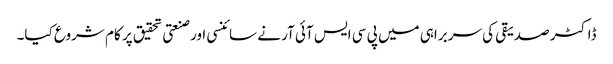
ڈاکٹر صدیقی کی سربراہی میں پی سی ایس آئی آر نے سائنسی اور صنعتی تحقیق پر کام شروع کیا۔